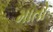
માતો